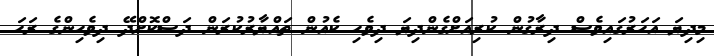
މިދިޔަ އަހަރުގައިވެސް ދިރާގުން ކުރިއަށްގެންދިޔަ ދިވެހި ކެއުން ތައްޔާރުކުރަން ދަސްކޮށްދޭ ދިވެހިންގެ ރަހަ